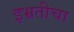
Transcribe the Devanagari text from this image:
इभ्रतीचा